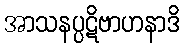
အာသနပ္ပဋိဗာဟနာဒိ